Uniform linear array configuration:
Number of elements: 32
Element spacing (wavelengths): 0.25
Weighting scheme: blackman
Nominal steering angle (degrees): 45
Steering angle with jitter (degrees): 44.744
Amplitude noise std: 0.05
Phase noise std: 0.05

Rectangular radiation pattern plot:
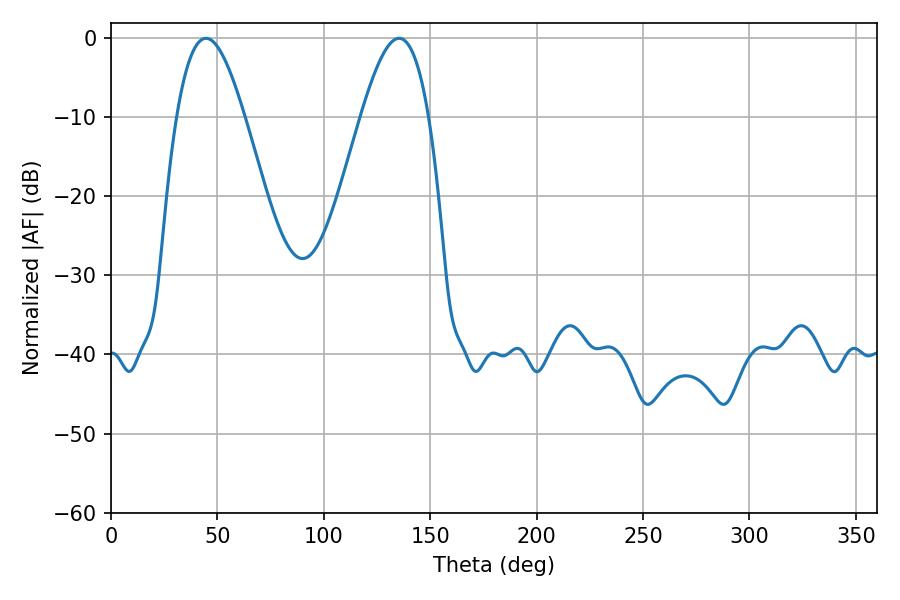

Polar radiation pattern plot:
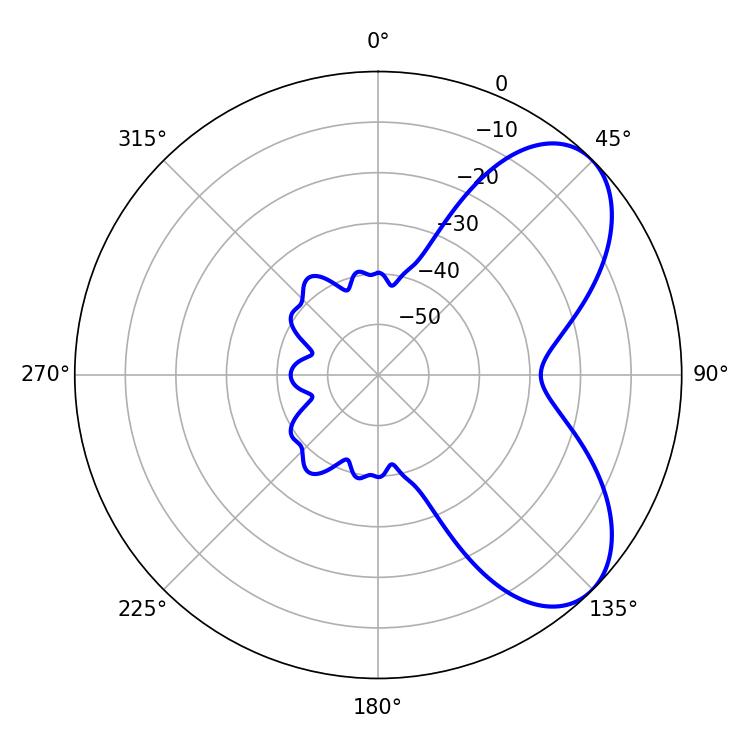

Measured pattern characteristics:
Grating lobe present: FALSE
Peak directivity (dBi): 6.305
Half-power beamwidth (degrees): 17.1
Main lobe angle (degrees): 44.64